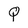
Character: Q